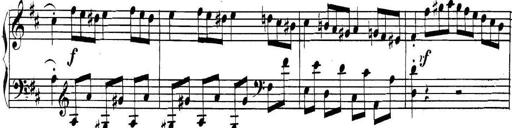
Title: Collected Piano Sonatas
Composer: Muzio Clementi